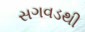
સગવડથી